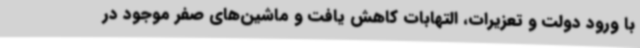
با ورود دولت و تعزیرات، التهابات کاهش یافت و ماشین‌های صفر موجود در